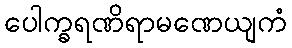
ပေါက္ခရဏိရာမဏေယျကံ